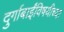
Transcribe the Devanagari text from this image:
दुर्गाबाईंविषयीच्या